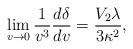
LaTeX: \begin{align*} \lim_{v\rightarrow 0}\frac{1}{v^3}\frac{d\delta}{dv}=\frac{V_2\lambda}{3\kappa^2},\end{align*}